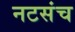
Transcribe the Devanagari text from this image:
नटसंच